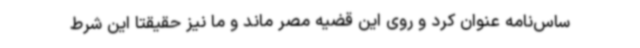
ساس‌نامه عنوان کرد و روی این قضیه مصر ماند و ما نیز حقیقتا این شرط